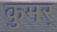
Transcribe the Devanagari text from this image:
कुमर्